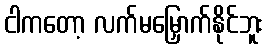
ငါကတော့ လက်မမြှောက်နိုင်ဘူး